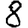
Digit: 8